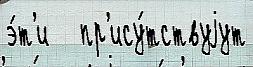
э́т'и   пр'ису́тствуjут